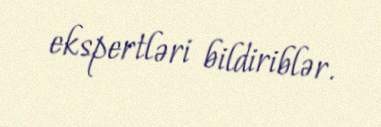
ekspertləri bildiriblər.